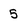
Character: 5